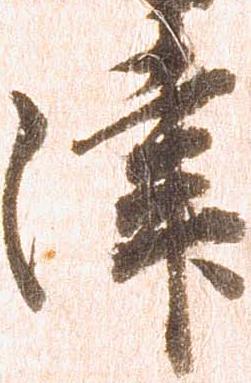
津